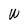
Character: W